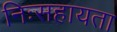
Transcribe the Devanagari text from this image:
निःसहायता